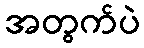
အတွက်ပဲ